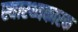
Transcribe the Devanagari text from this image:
स्वास्थ्यकारक